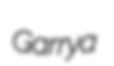
Garrya